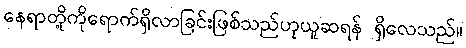
နေရာတို့ကိုရောက်ရှိလာခြင်းဖြစ်သည်ဟုယူဆရန် ရှိလေသည်။